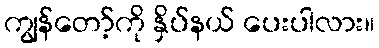
ကျွန်တော့်ကို နှိပ်နယ် ပေးပါလား။